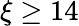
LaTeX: \xi\ge 14